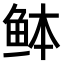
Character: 𫚏